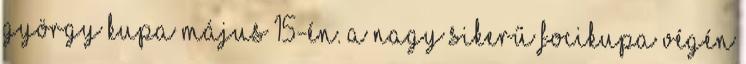
György kupa május 15-én. A nagy sikerű focikupa végén